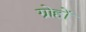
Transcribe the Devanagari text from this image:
ग्रोहों